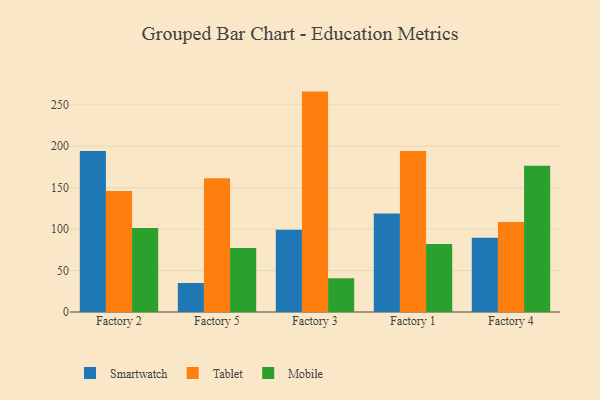
{"axis": {"x": "Factory", "y": "Tickets Resolved"}, "legend": ["Mobile", "Smartwatch", "Tablet"], "data": [{"x": "Factory 2", "y": 194.3, "type": "Smartwatch"}, {"x": "Factory 2", "y": 146.0, "type": "Tablet"}, {"x": "Factory 2", "y": 101.4, "type": "Mobile"}, {"x": "Factory 5", "y": 35.0, "type": "Smartwatch"}, {"x": "Factory 5", "y": 161.4, "type": "Tablet"}, {"x": "Factory 5", "y": 77.2, "type": "Mobile"}, {"x": "Factory 3", "y": 99.2, "type": "Smartwatch"}, {"x": "Factory 3", "y": 265.9, "type": "Tablet"}, {"x": "Factory 3", "y": 40.7, "type": "Mobile"}, {"x": "Factory 1", "y": 118.7, "type": "Smartwatch"}, {"x": "Factory 1", "y": 194.2, "type": "Tablet"}, {"x": "Factory 1", "y": 82.0, "type": "Mobile"}, {"x": "Factory 4", "y": 89.7, "type": "Smartwatch"}, {"x": "Factory 4", "y": 108.7, "type": "Tablet"}, {"x": "Factory 4", "y": 176.4, "type": "Mobile"}]}